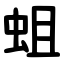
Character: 蛆